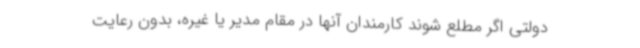
دولتی اگر مطلع شوند کارمندان آنها در مقام مدیر یا غیره، بدون رعایت